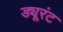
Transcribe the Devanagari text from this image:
ड्यूरंट